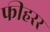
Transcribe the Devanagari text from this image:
फीहरर